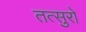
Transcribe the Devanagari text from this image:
तत्सुरो